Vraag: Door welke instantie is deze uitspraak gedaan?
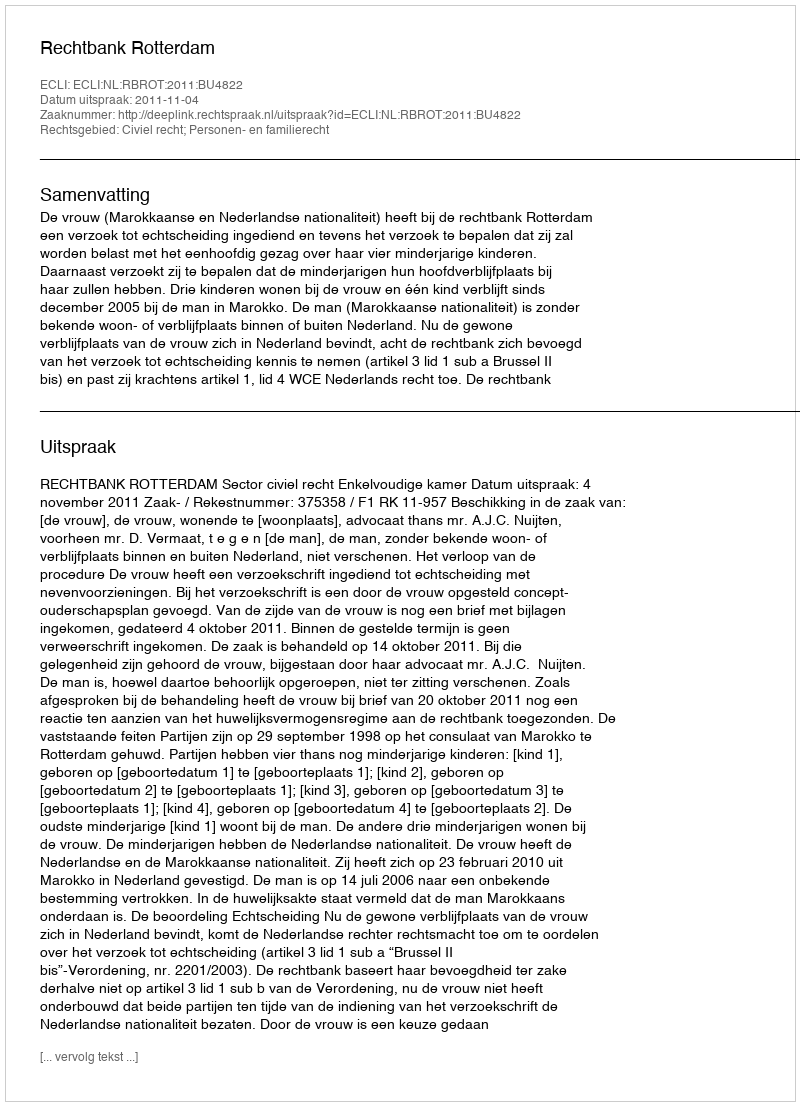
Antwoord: Rechtbank Rotterdam